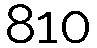
810